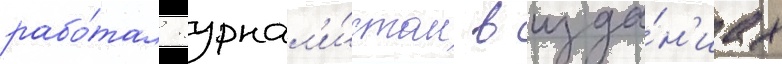
рабо́тал журнал'и́стом в изда́н'иах